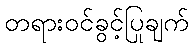
တရားဝင်ခွင့်ပြုချက်